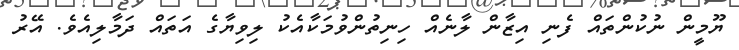
ޔޫމީން ނުކުންތައް ފެނި އިޒާން ލާނެއް ހިނިތުންވުމަކާއެކު ލިވިޔާގެ އަތައް ދަމާލިއެވެ. އޭރު